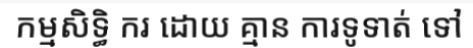
កម្មសិទ្ធិ ករ ដោយ គ្មាន ការទូទាត់ ទៅ